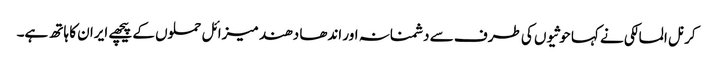
کرنل المالکی نے کہا حوثیوں کی طرف سے دشمنانہ اور اندھا دھند میزائل حملوں کے پیچھے ایران کا ہاتھ ہے۔